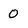
Character: 0